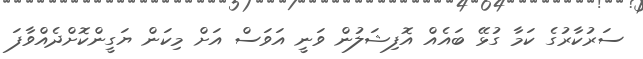
ސަރުކާރުގެ ކަމާ ގުޅޭ ބައެއް އޮފިޝަލުން ވަނީ އަވަސް އަށް މިކަން ޔަގީންކޮށްދެއްވާފަ